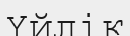
Үйлік